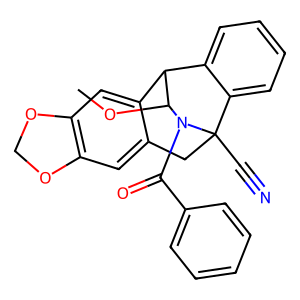
SMILES: COC1C2c3cc4c(cc3CC(C#N)(c3ccccc32)N1C(=O)c1ccccc1)OCO4
Inhibits HIV replication: No